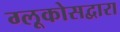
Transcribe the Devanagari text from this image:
ग्लूकोसद्वारा